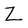
Character: Z